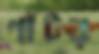
গাঁটর